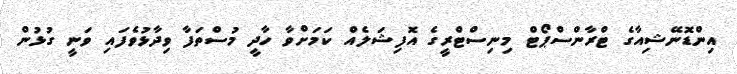
އިންޑޮނޭޝިއާގެ ޓްރާންސްޕޯޓް މިނިސްޓްރީގެ އޮފިޝަލެއް ކަމަށްވާ ހާދީ މުސްތަފާ ވިދާޅުވެފައި ވަނީ ގުޅުން